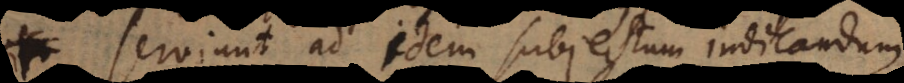
credit idem subjectum indicandum